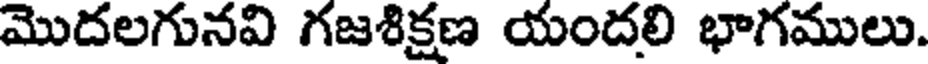
మొదలగునవి గజశిక్షణ యందలి భాగములు.